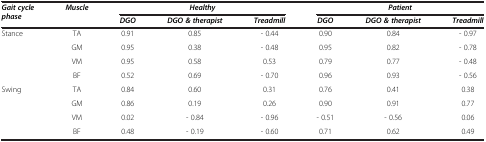
<table><thead><tr><td rowspan="2"><b><i>Gait cycle phase</i></b></td><td rowspan="2"><b><i>Muscle</i></b></td><td colspan="3"><b><i>Healthy</i></b></td><td colspan="3"><b><i>Patient</i></b></td></tr><tr><td><b><i>DGO</i></b></td><td><b><i>DGO &amp; therapist</i></b></td><td><b><i>Treadmill</i></b></td><td><b><i>DGO</i></b></td><td><b><i>DGO &amp; therapist</i></b></td><td><b><i>Treadmill</i></b></td></tr></thead><tbody><tr><td rowspan="4">Stance</td><td>TA</td><td>0.91</td><td>0.85</td><td>- 0.44</td><td>0.90</td><td>0.84</td><td>- 0.97</td></tr><tr><td>GM</td><td>0.95</td><td>0.38</td><td>- 0.48</td><td>0.95</td><td>0.82</td><td>- 0.78</td></tr><tr><td>VM</td><td>0.95</td><td>0.58</td><td>0.53</td><td>0.79</td><td>0.77</td><td>- 0.48</td></tr><tr><td>BF</td><td>0.52</td><td>0.69</td><td>- 0.70</td><td>0.96</td><td>0.93</td><td>- 0.56</td></tr><tr><td rowspan="4">Swing</td><td>TA</td><td>0.84</td><td>0.60</td><td>0.31</td><td>0.76</td><td>0.41</td><td>0.38</td></tr><tr><td>GM</td><td>0.86</td><td>0.19</td><td>0.26</td><td>0.90</td><td>0.91</td><td>0.77</td></tr><tr><td>VM</td><td>0.02</td><td>- 0.84</td><td>- 0.96</td><td>- 0.51</td><td>- 0.56</td><td>0.06</td></tr><tr><td>BF</td><td>0.48</td><td>- 0.19</td><td>- 0.60</td><td>0.71</td><td>0.62</td><td>0.49</td></tr></tbody></table>